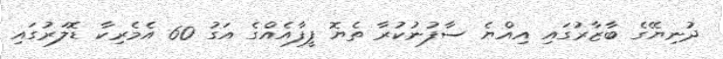
ދުނިޔޭގެ ބާޒާރުގައި އިއްޔެ ސާފުނުކުރާ ތެޔޮ ފީފާއެއްގެ އަގު 60 އެމެރިކާ ޑޮލަރުގައި